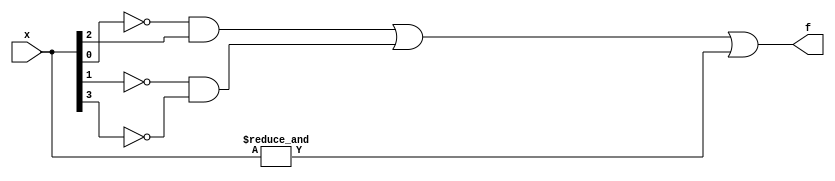
module top_module (
    input [4:1] x,
    output f
); 
	wire a,b,c,d;
    assign {d,c,b,a} = x;
    assign f = (!a & c) | (!b&!d) | &x;
endmodule